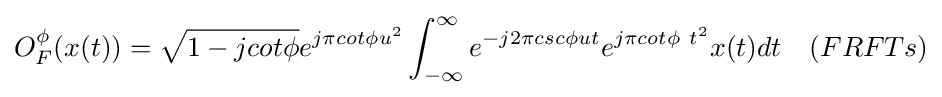
O_{F}^{\phi }(x(t))={\sqrt {1-jcot\phi }}e^{j\pi cot\phi u^{2}}\int _{-\infty }^{\infty }e^{-j2\pi csc\phi ut}e^{j\pi cot\phi \ t^{2}}x(t)dt\quad (FRFTs)